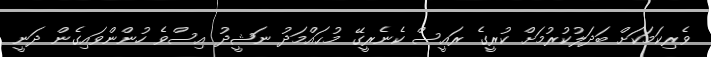
ވެރިކަމަކަށް ބަދަލުކުރުމަށް ކުރީގެ ރައީސް ކެނެރީގޭ މުޙައްމަދު ނަޝީދު އިސްވެ ހުންންވައިގެން ދަނީ